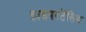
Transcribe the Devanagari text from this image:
हाइपरटेंसिव